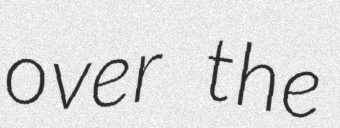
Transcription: over the